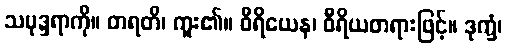
သမုဒ္ဒရာကို။ တရတိ၊ ကူး၏။ ဝီရိယေန၊ ဝီရိယတရားဖြင့်။ ဒုက္ခံ၊